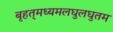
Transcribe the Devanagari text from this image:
बृहत्‌मध्यमलघुलघुतम